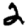
Digit: 2